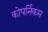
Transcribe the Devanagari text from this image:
कोपर्निकम